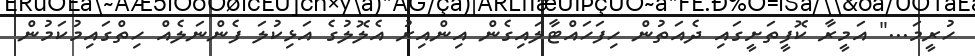
ހުރީމަ..." އަމީރާ ކޮފީތަށީގައި ދެއަތުން ހިފަހައްޓާލައިގެން އިންއިރު އެލޮލުގެ އަޅިކުލަ ފެންނަލެއް ހިތްގައިމުކަމުން